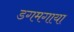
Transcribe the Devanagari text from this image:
डगमगाया